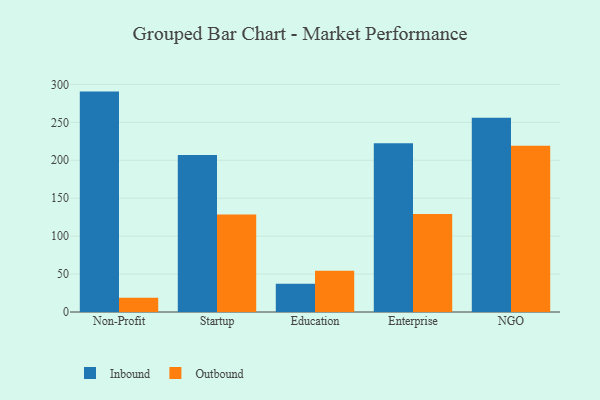
{"axis": {"x": "Segment", "y": "Population (Million)"}, "legend": ["Inbound", "Outbound"], "data": [{"x": "Non-Profit", "y": 290.5, "type": "Inbound"}, {"x": "Non-Profit", "y": 18.7, "type": "Outbound"}, {"x": "Startup", "y": 207.0, "type": "Inbound"}, {"x": "Startup", "y": 128.4, "type": "Outbound"}, {"x": "Education", "y": 37.3, "type": "Inbound"}, {"x": "Education", "y": 54.5, "type": "Outbound"}, {"x": "Enterprise", "y": 222.3, "type": "Inbound"}, {"x": "Enterprise", "y": 129.1, "type": "Outbound"}, {"x": "NGO", "y": 256.1, "type": "Inbound"}, {"x": "NGO", "y": 219.0, "type": "Outbound"}]}